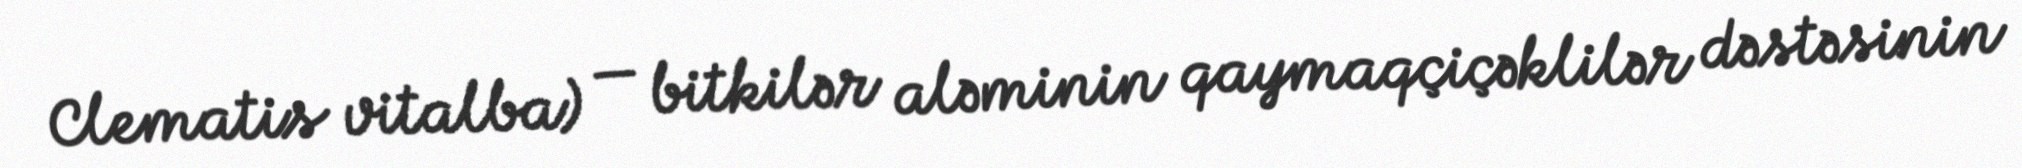
Clematis vitalba) — bitkilər aləminin qaymaqçiçəklilər dəstəsinin